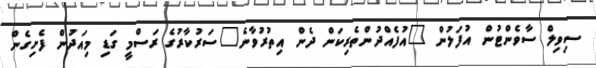
ސިވިލް ސާވެންޓުން އުފަލުން "އުފެއްދުންތެރިކަން ދެން އިތުރުވާނެ"ސަރުކާރުގެ ރަސްމީ ގަޑި މިއަދުން ފެށިގެން